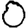
Digit: 0